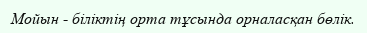
Мойын - біліктің орта тұсында орналасқан бөлік.